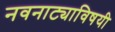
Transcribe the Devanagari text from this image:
नवनाट्याविषयी